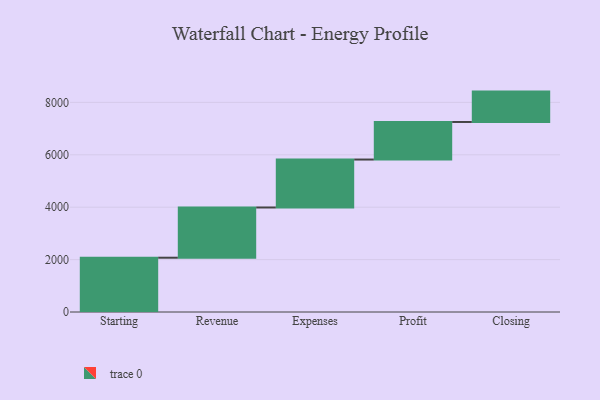
{"axis": {"x": "Step", "y": "Value"}, "legend": [""], "data": [{"x": "Starting", "y": 2072.0, "type": ""}, {"x": "Revenue", "y": 1917.0, "type": ""}, {"x": "Expenses", "y": 1830.0, "type": ""}, {"x": "Profit", "y": 1434.0, "type": ""}, {"x": "Closing", "y": 1159.0, "type": ""}]}